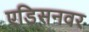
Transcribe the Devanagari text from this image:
एडिसनवर